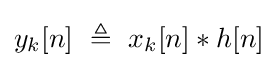
y_{k}[n]\ \triangleq \ x_{k}[n]*h[n]